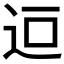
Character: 𮞄